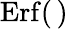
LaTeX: \mathrm{Erf}(\, )